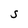
Character: S